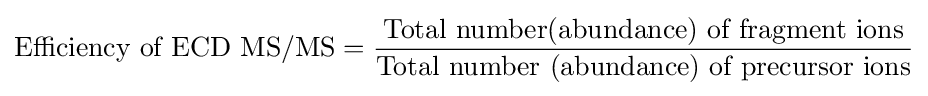
{\text{Efficiency of ECD MS/MS}}={\frac {\text{Total number(abundance) of fragment ions}}{\text{Total number (abundance) of precursor ions}}}